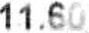
11.60